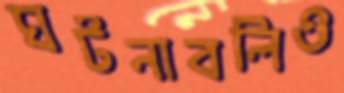
ঘটনাবলিও